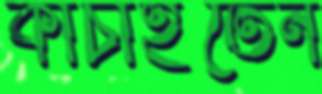
কাচাইতেন